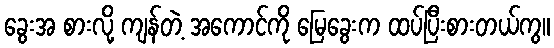
ခွေးအ စားလို့ ကျန်တဲ့ အကောင်ကို မြေခွေးက ထပ်ပြီးစားတယ်ကွ။